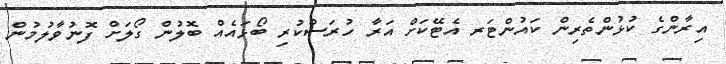
އިރާންގެ ކުޅުންތެރިން ކައުންޓަރ އެޓޭކަށް އަރާ ހުރަސްކުރި ބޯޅައެއް ބޮލުން ގޯލަށް ފޮނުވާލުމުން